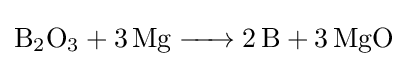
{\ce {B2O3 + 3Mg -> 2B + 3MgO}}